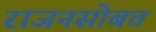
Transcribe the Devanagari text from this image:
राजनसोबत